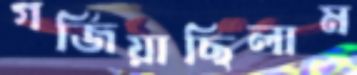
গর্জিয়াছিলাম